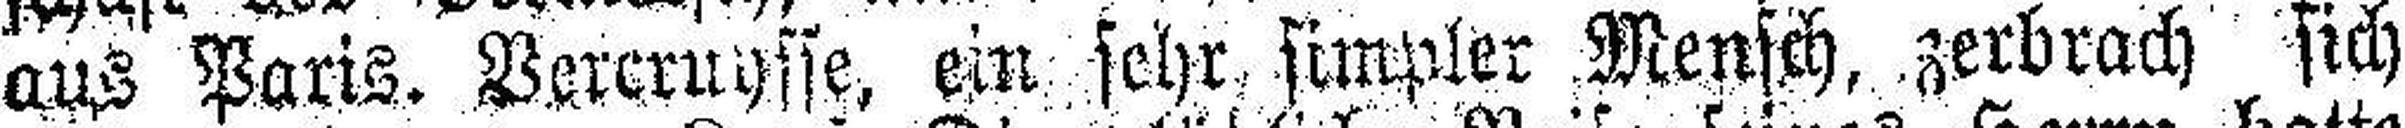
aus Paris. Vercruysse, ein sehr simpler Mensch, zerbrach sich